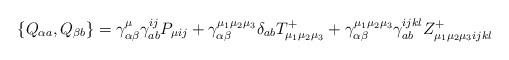
LaTeX: \begin{align*}\left\{ Q_{\alpha a},Q_{\beta b}\right\} =\gamma _{\alpha \beta }^\mu \gamma_{ab}^{ij}P_{\mu ij}+\gamma _{\alpha \beta }^{\mu _1\mu _2\mu _3}\delta_{ab}T_{\mu _1\mu _2\mu _3}^{+}+\gamma _{\alpha \beta }^{\mu _1\mu _2\mu_3}\gamma _{ab}^{ijkl}Z_{\mu _1\mu _2\mu _3ijkl}^{+} \end{align*}